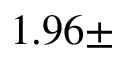
1 . 9 6 \pm